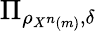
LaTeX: \Pi_{\rho_{X^{n}\left(m\right)},\delta}